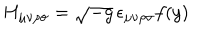
LaTeX: H _ { \mu \nu \rho \sigma } = \sqrt { - g } \, \epsilon _ { \mu \nu \rho \sigma } f ( y )